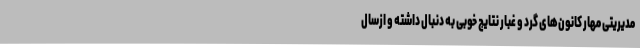
مدیریتی مهار کانون‌های گرد و غبار نتایج خوبی به دنبال داشته و ازسال